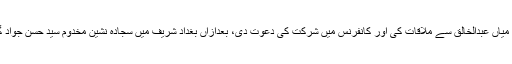
مجلس وحدت مسلمین کے رہنما محمد عباس صدیقی نے دربار عبدالحکیم کے سجادہ نشین میاں عبدالخالق سے ملاقات کی اور کانفرنس میں شرکت کی دعوت دی، بعدازاں بغداد شریف میں سجادہ نشین مخدوم سید حسن جواد گیلانی سے ملاقات کی اور دربار شاہ شمس پر منعقد ہونے والے کانفرنس کی دعوت دی۔